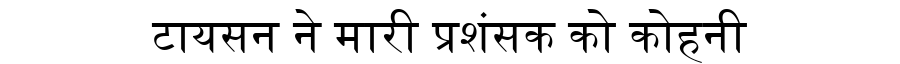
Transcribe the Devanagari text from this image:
टायसन ने मारी प्रशंसक को कोहनी